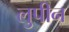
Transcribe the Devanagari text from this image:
लुपीन